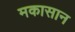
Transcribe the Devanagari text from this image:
मकासान